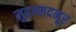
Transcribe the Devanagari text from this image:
मुहम्मदनूर